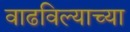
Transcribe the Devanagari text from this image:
वाढविल्याच्या